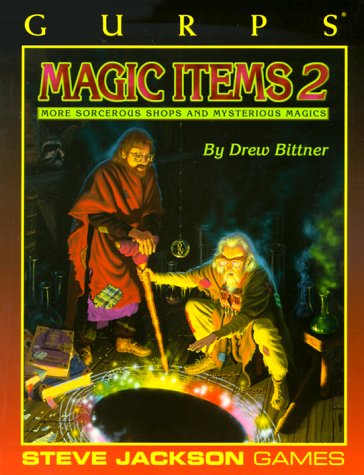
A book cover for GURPS Magic Items 2 (GURPS: Generic Universal Role Playing System) (No. 2); Drew Bittner; Science Fiction & Fantasy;